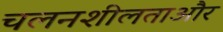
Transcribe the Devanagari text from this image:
चलनशीलताऔर